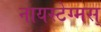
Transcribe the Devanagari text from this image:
नायस्‍टेग्‍मस्